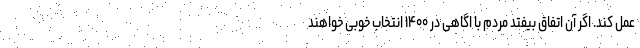
عمل کند. اگر آن اتفاق بیفتد مردم با اگاهی در ۱۴۰۰ انتخاب خوبی خواهند